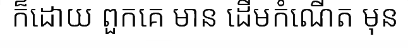
ក៏ដោយ ពួកគេ មាន ដើមកំណើត មុន